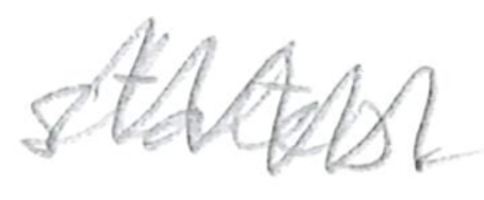
Text: states.
Cross-out: zig-zag
Writing tool: pencil